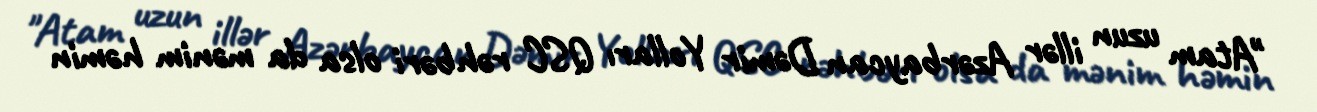
"Atam uzun illər Azərbaycan Dəmir Yolları QSC rəhbəri olsa da mənim həmin